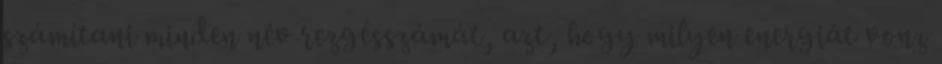
számítani minden név rezgésszámát, azt, hogy milyen energiát vonz